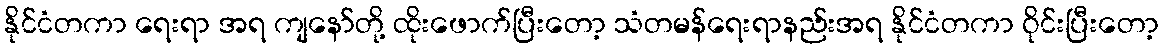
နိုင်ငံတကာ ရေးရာ အရ ကျနော်တို့ ထိုးဖောက်ပြီးတော့ သံတမန်ရေးရာနည်းအရ နိုင်ငံတကာ ဝိုင်းပြီးတော့